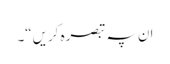
ان پہ تبصرہ کریں“۔